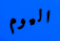
اليوم